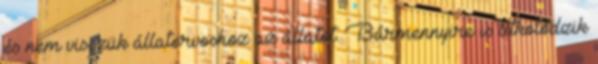
és nem visszük állatorvoshoz az állatot. Bármennyire is titkolódzik